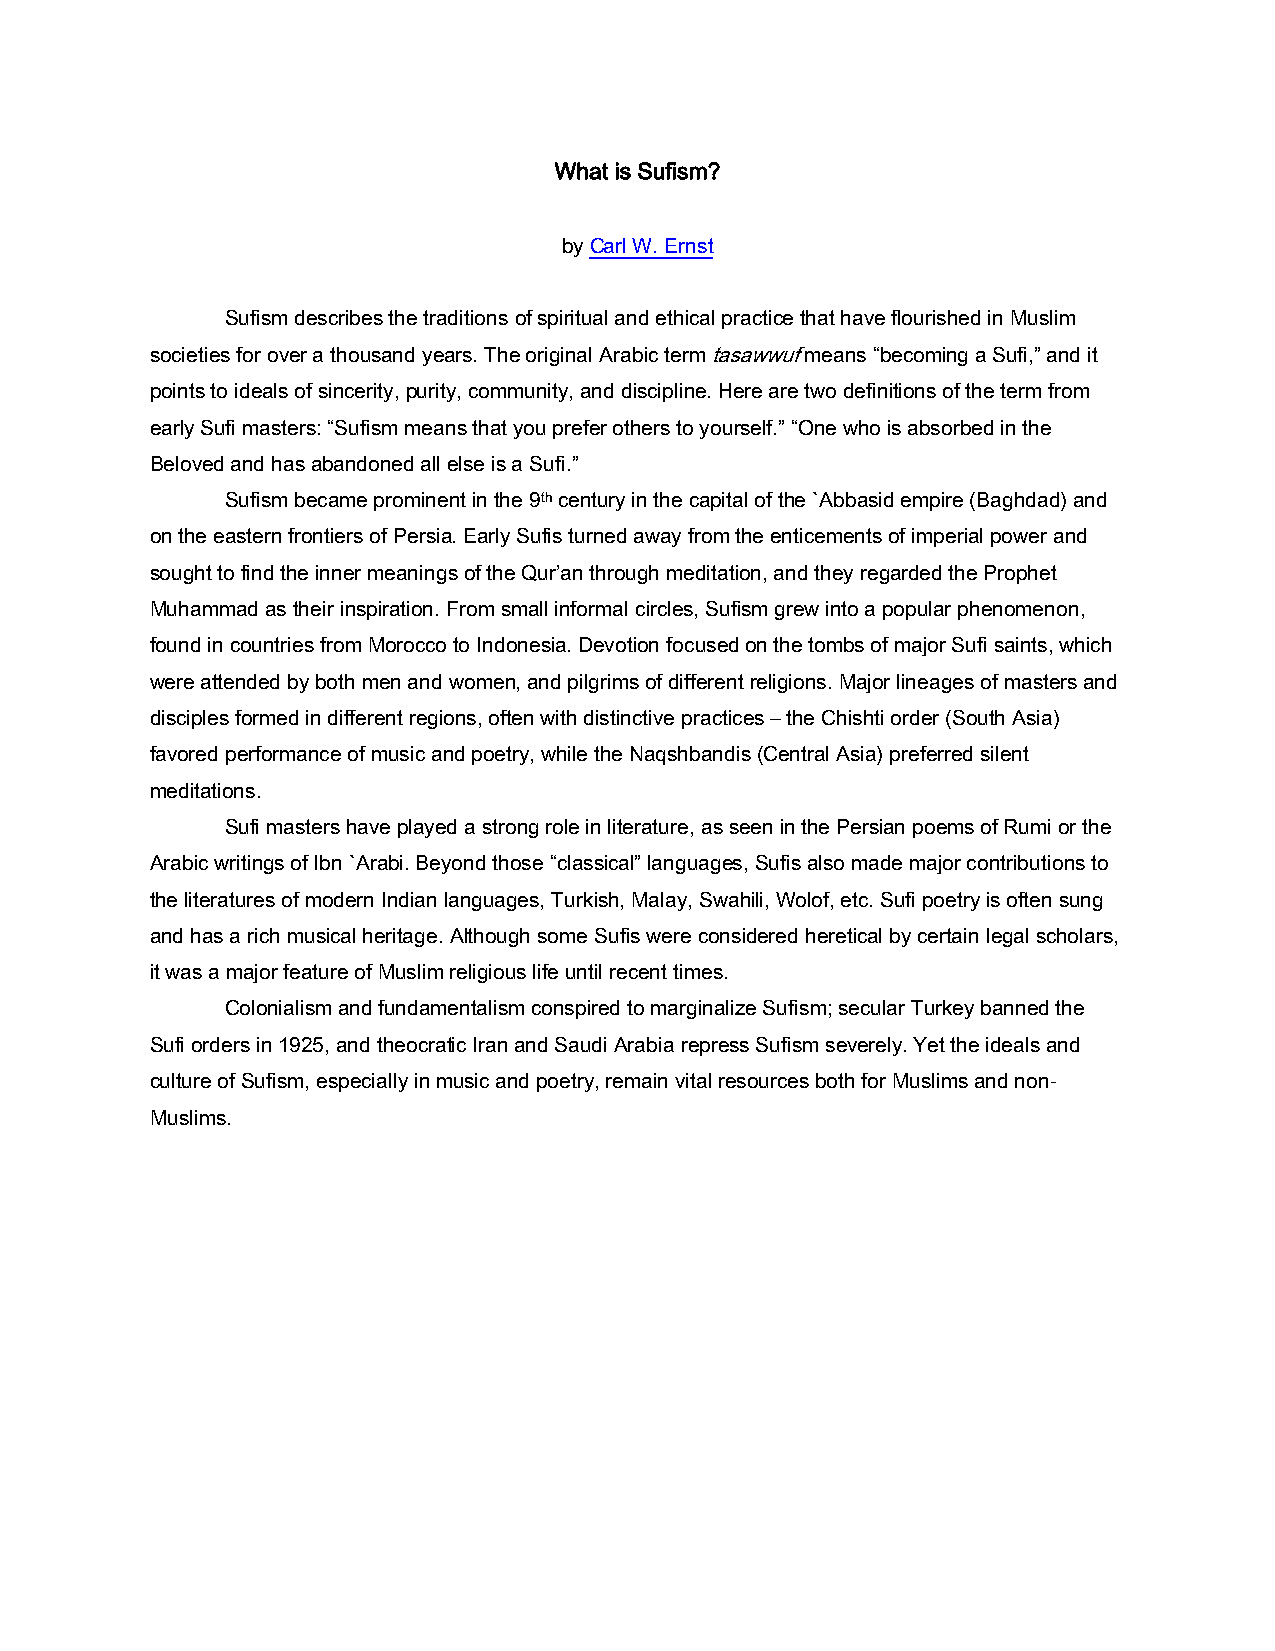
What is Sufism?
 by Carl W. Ernst
 Sufism describes the traditions of spiritual and ethical practice that have flourished in Muslim
 societies for over a thousand years. The original Arabic term tasawwuf means “becoming a Sufi,” and it
 points to ideals of sincerity, purity, community, and discipline. Here are two definitions of the term from
 early Sufi masters: “Sufism means that you prefer others to yourself.” “One who is absorbed in the
 Beloved and has abandoned all else is a Sufi.”
 Sufism became prominent in the 9th century in the capital of the `Abbasid empire (Baghdad) and
 on the eastern frontiers of Persia. Early Sufis turned away from the enticements of imperial power and
 sought to find the inner meanings of the Qur’an through meditation, and they regarded the Prophet
 Muhammad as their inspiration. From small informal circles, Sufism grew into a popular phenomenon,
 found in countries from Morocco to Indonesia. Devotion focused on the tombs of major Sufi saints, which
 were attended by both men and women, and pilgrims of different religions. Major lineages of masters and
 disciples formed in different regions, often with distinctive practices – the Chishti order (South Asia)
 favored performance of music and poetry, while the Naqshbandis (Central Asia) preferred silent
 meditations.
 Sufi masters have played a strong role in literature, as seen in the Persian poems of Rumi or the
 Arabic writings of Ibn `Arabi. Beyond those “classical” languages, Sufis also made major contributions to
 the literatures of modern Indian languages, Turkish, Malay, Swahili, Wolof, etc. Sufi poetry is often sung
 and has a rich musical heritage. Although some Sufis were considered heretical by certain legal scholars,
 it was a major feature of Muslim religious life until recent times.
 Colonialism and fundamentalism conspired to marginalize Sufism; secular Turkey banned the
 Sufi orders in 1925, and theocratic Iran and Saudi Arabia repress Sufism severely. Yet the ideals and
 culture of Sufism, especially in music and poetry, remain vital resources both for Muslims and non-
 Muslims.